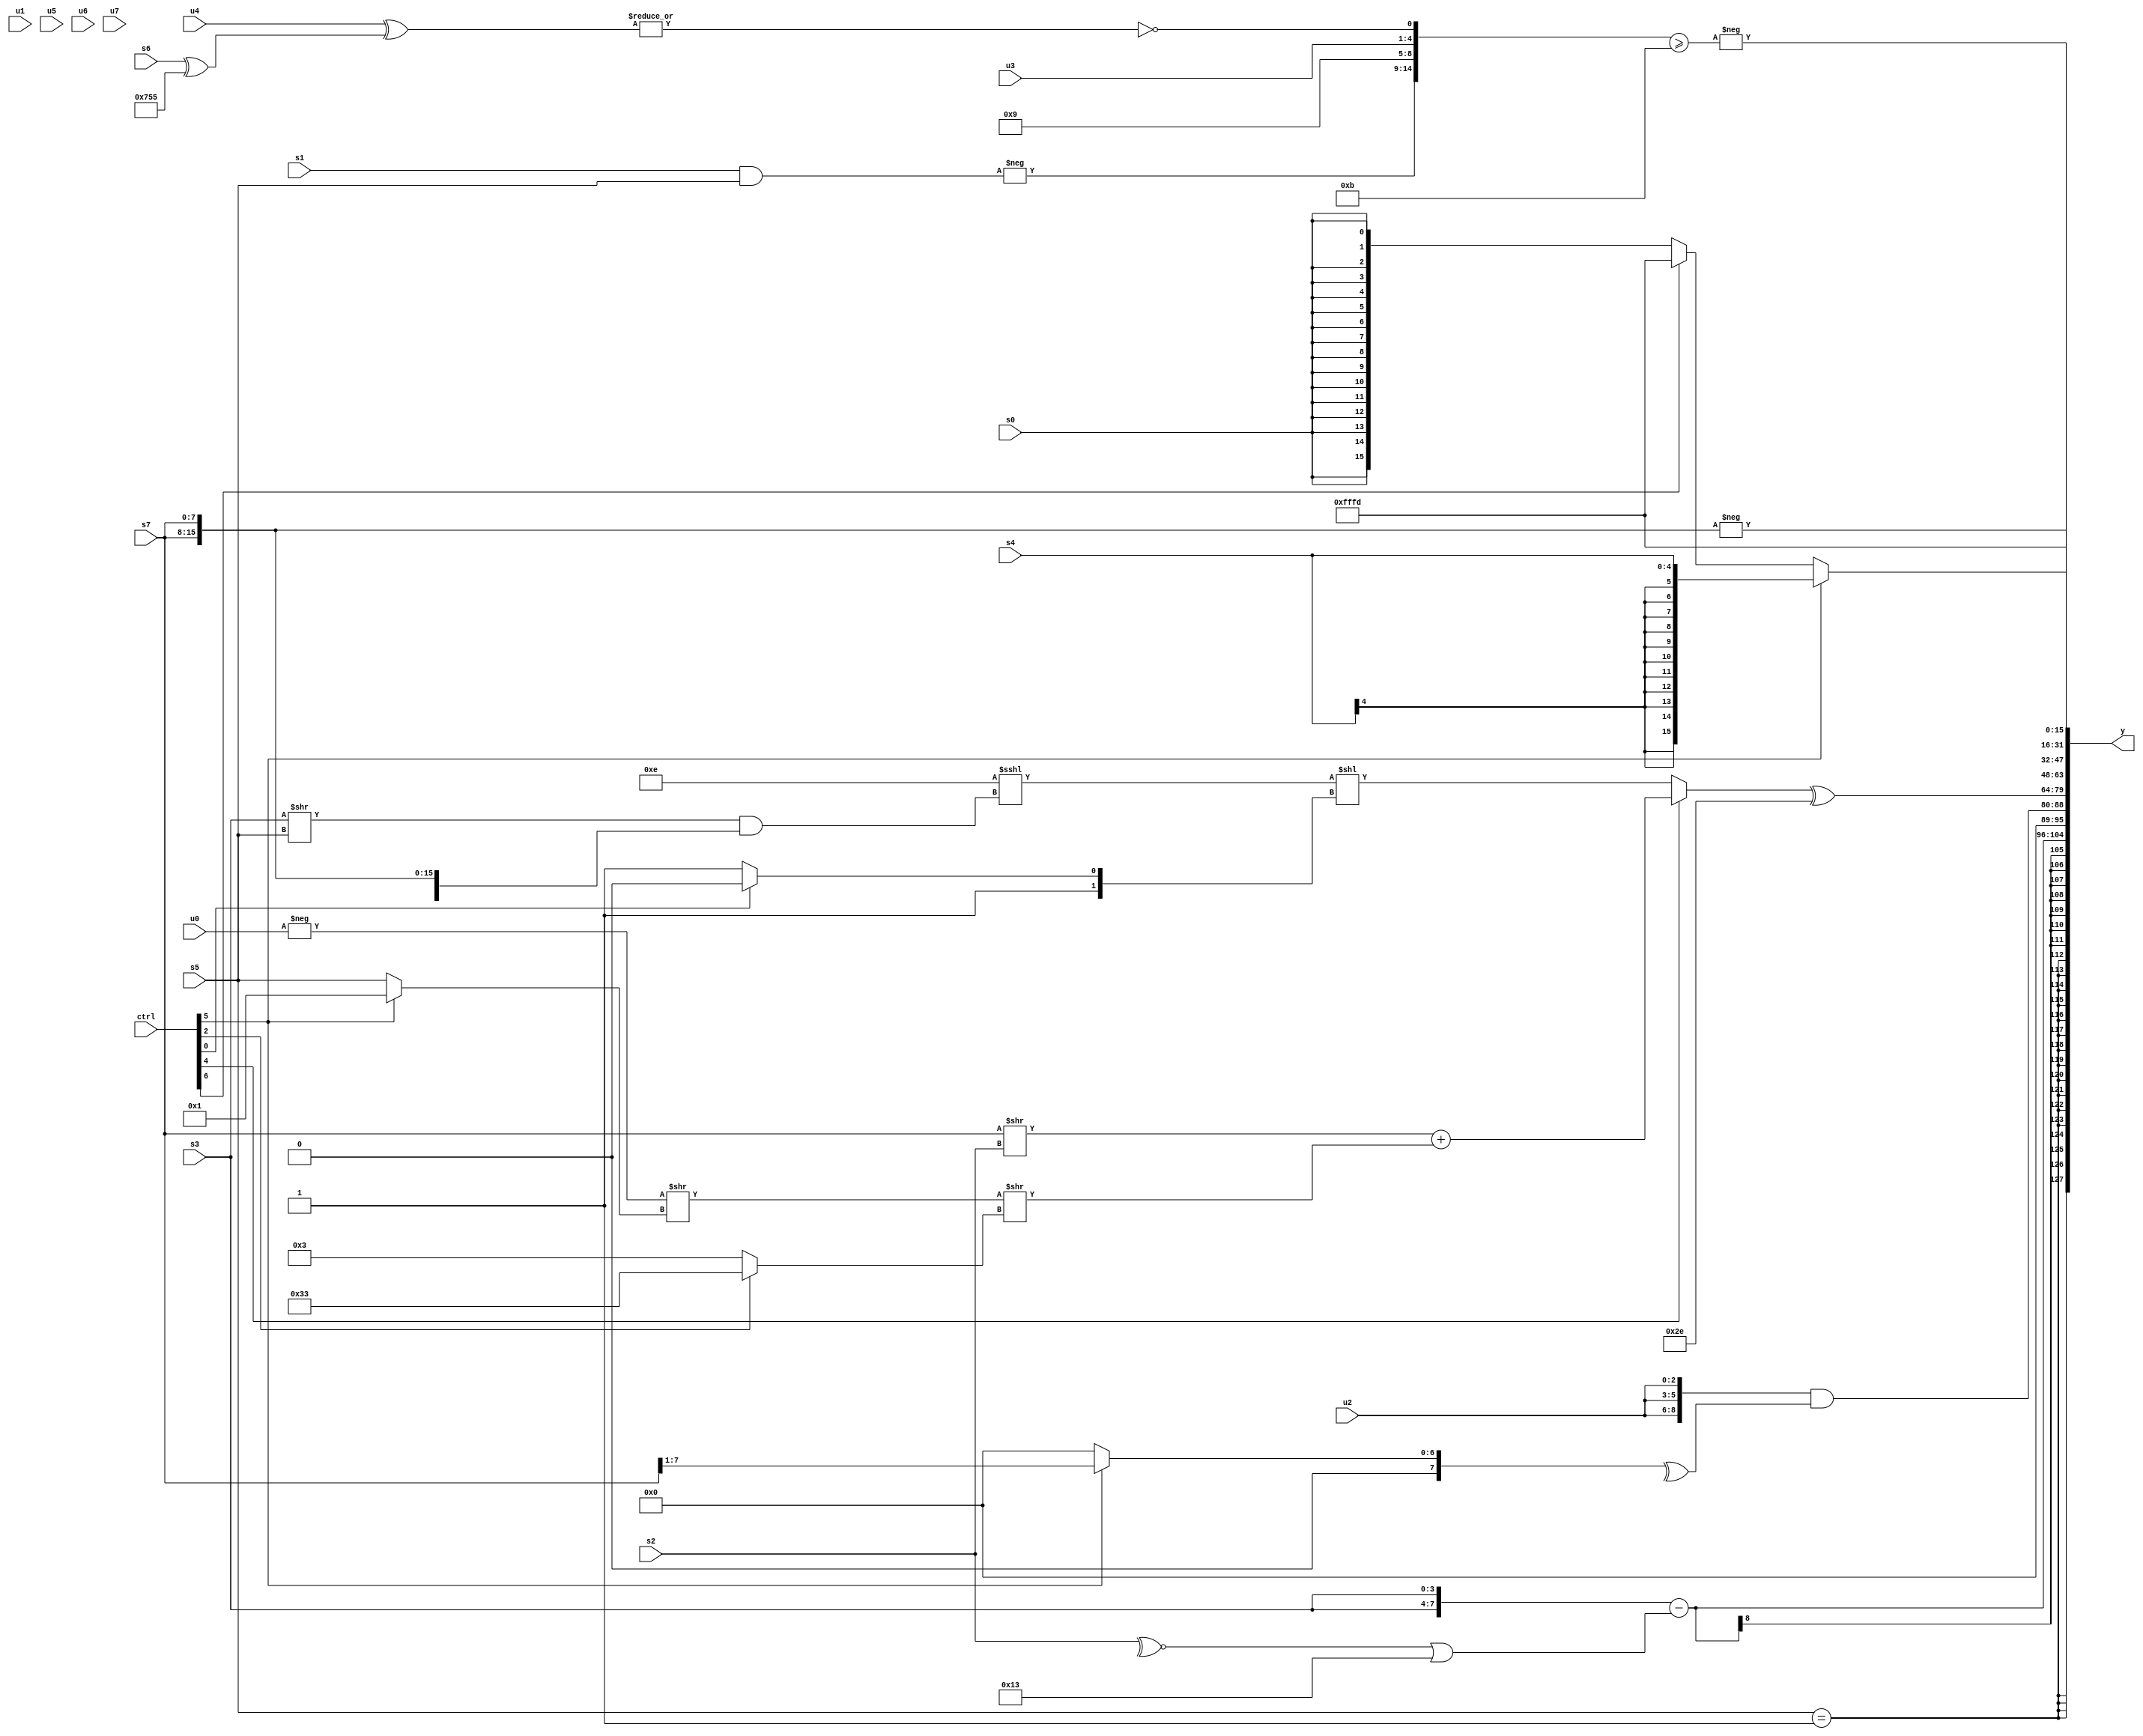
module wideexpr_00654(ctrl, u0, u1, u2, u3, u4, u5, u6, u7, s0, s1, s2, s3, s4, s5, s6, s7, y);
  input [7:0] ctrl;
  input [0:0] u0;
  input [1:0] u1;
  input [2:0] u2;
  input [3:0] u3;
  input [4:0] u4;
  input [5:0] u5;
  input [6:0] u6;
  input [7:0] u7;
  input signed [0:0] s0;
  input signed [1:0] s1;
  input signed [2:0] s2;
  input signed [3:0] s3;
  input signed [4:0] s4;
  input signed [5:0] s5;
  input signed [6:0] s6;
  input signed [7:0] s7;
  output [127:0] y;
  wire [15:0] y0;
  wire [15:0] y1;
  wire [15:0] y2;
  wire [15:0] y3;
  wire [15:0] y4;
  wire [15:0] y5;
  wire [15:0] y6;
  wire [15:0] y7;
  assign y = {y0,y1,y2,y3,y4,y5,y6,y7};
  assign y0 = $signed(($signed(s5))==($signed(~&({3{1'sb0}}))));
  assign y1 = ({2{s3}})-((~^(s2))|($signed($signed(5'sb10011))));
  assign y2 = ({3{+(u2)}})&(^((ctrl[5]?$signed((s7)>>(1'sb1)):((ctrl[6]?6'sb000001:(+(3'sb101))>>(s0)))<<<(5'b01111))));
  assign y3 = ((ctrl[4]?(($signed(s7))>>(s2))+(((-(u0))>>((ctrl[5]?1'b1:s5)))>>((ctrl[2]?$signed(6'sb110011):5'sb00011))):((5'sb01110)<<<(((s3)>>(s5))&({3{s7}})))<<($signed($signed((ctrl[0]?2'sb10:1'sb1))))))^(6'sb101110);
  assign y4 = -($signed({3{$signed($signed(s7))}}));
  assign y5 = -((+({-((s1)&(s5)),4'b1001,$signed(u3),~|((u4)^((s6)^({3'sb111,5'sb01010,1'sb1,2'b01})))}))>=((4'sb1011)&(5'sb11111)));
  assign y6 = (ctrl[5]?s4:(ctrl[6]?4'sb1101:+(s0)));
  assign y7 = 4'sb1101;
endmodule